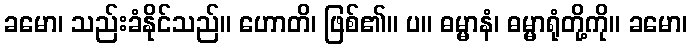
ခမော၊ သည်းခံနိုင်သည်။ ဟောတိ၊ ဖြစ်၏။ ပ။ ဓမ္မာနံ၊ ဓမ္မာရုံတို့ကို။ ခမော၊